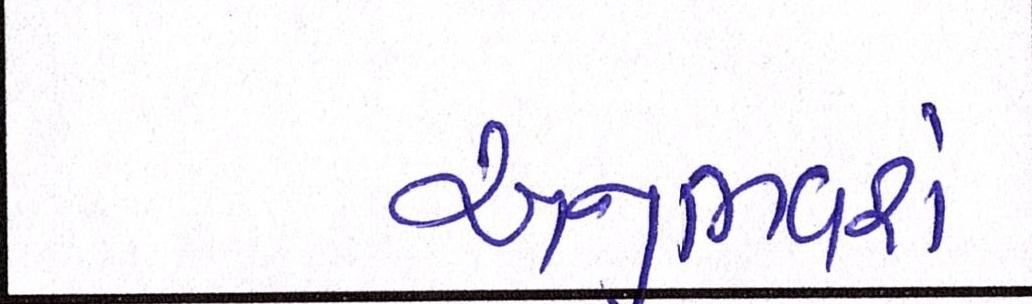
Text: અનુભવશે